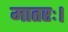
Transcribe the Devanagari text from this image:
मातरः।